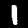
Digit: 1